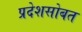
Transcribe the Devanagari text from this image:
प्रदेशसोबत